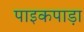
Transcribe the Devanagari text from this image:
पाइकपाड़ा